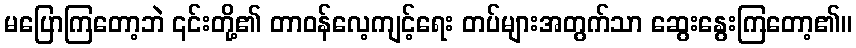
မပြောကြတော့ဘဲ ၎င်းတို့၏ တာဝန်လေ့ကျင့်ရေး တပ်များအတွက်သာ ဆွေးနွေးကြတော့၏။